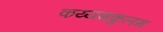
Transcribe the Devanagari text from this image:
कय्यमकुलम